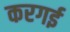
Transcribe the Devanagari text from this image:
करगई